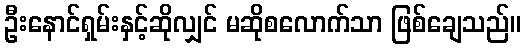
ဦးနောင်ရှမ်းနှင့်ဆိုလျှင် မဆိုစလောက်သာ ဖြစ်ချေသည်။